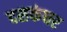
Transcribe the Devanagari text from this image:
दसकंधर